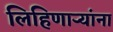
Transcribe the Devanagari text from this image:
लिहिणार्‍यांना